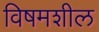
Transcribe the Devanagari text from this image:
विषमशील